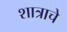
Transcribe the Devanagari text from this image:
शात्राचे